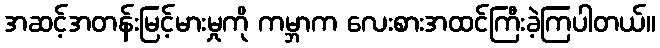
အဆင့်အတန်းမြင့်မားမှုကို ကမ္ဘာက လေးစားအထင်ကြီးခဲ့ကြပါတယ်။